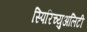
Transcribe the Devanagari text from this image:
स्पिरिच्युअलिटी